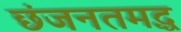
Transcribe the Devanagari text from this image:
छंजनतमद्ध